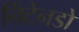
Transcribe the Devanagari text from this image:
निंटेनडो